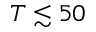
T \lesssim 5 0